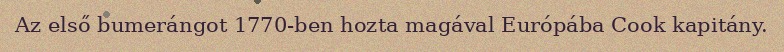
Az első bumerángot 1770-ben hozta magával Európába Cook kapitány.